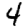
Digit: 4